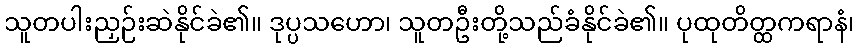
သူတပါးညှဉ်းဆဲနိုင်ခဲ၏။ ဒုပ္ပသဟော၊ သူတဦးတို့သည်ခံနိုင်ခဲ၏။ ပုထုတိတ္ထကရာနံ၊